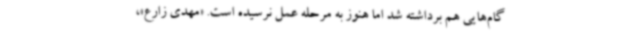
گام‌هایی هم برداشته شد اما هنوز به مرحله عمل نرسیده است. «مهدی زارع»،